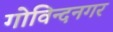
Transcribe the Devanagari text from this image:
गोविन्‍दनगर